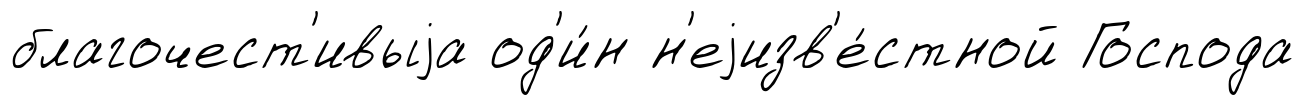
благочест'ивыjа од'и́н н'еjизв'е́стной Господа